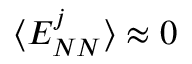
\langle E _ { N N } ^ { j } \rangle \approx 0